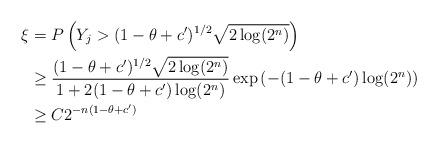
LaTeX: \begin{align*}\xi & =P\left(Y_{j}>(1-\theta+c')^{1/2}\sqrt{2\log(2^{n})}\right)\\ & \geq\frac{(1-\theta+c')^{1/2}\sqrt{2\log(2^{n})}}{1+2(1-\theta+c')\log(2^{n})}\exp\left(-(1-\theta+c')\log(2^{n})\right)\\ & \geq C2^{-n(1-\theta+c')}\end{align*}